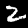
Label: 2